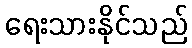
ရေးသားနိုင်သည်